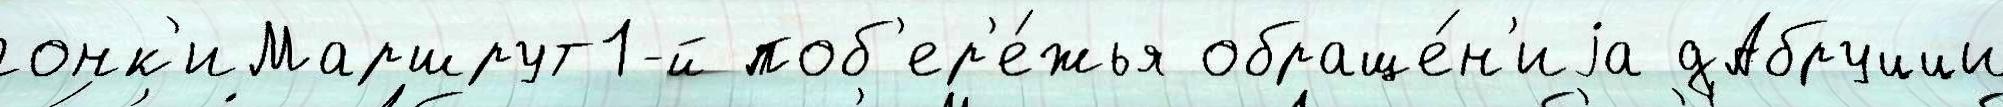
гонк'иМаршрут1-й поб'ер'е́жья обраще́н'иjа дАбруцци